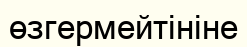
өзгермейтініне